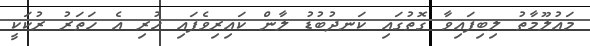
މައުލޫމާތު ލިބިފައިވާ ގޮތުގައި ކަނދުބުޑު ލާން ކައިރިވެފައި ހުރި އެ ހަތަރު ރުކަކީ